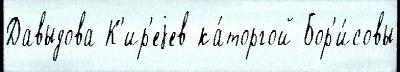
Давыдова К'ир'еjев ка́торгой Бор'и́совы